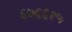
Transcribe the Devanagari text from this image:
६७६६१५